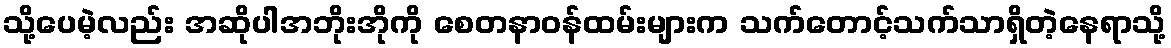
သို့ပေမဲ့လည်း အဆိုပါအဘိုးအိုကို စေတနာဝန်ထမ်းများက သက်တောင့်သက်သာရှိတဲ့နေရာသို့